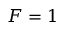
F = 1